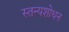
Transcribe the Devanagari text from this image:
स्तन्यशोधन